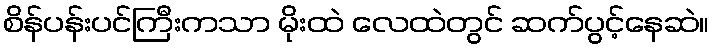
စိန်ပန်းပင်ကြီးကသာ မိုးထဲ လေထဲတွင် ဆက်ပွင့်နေဆဲ။